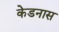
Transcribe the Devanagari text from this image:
केडनास